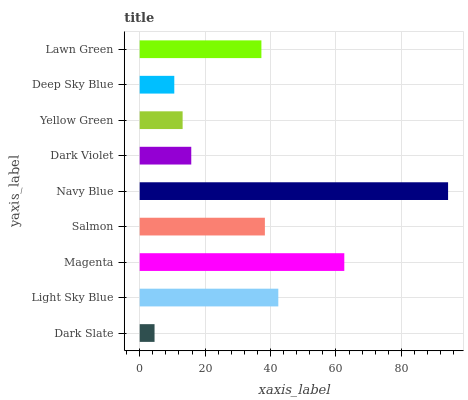
| yaxis_label | bars |
 | --- | --- |
 | Dark Slate | 4.54 |
 | Light Sky Blue | 42.4 |
 | Magenta | 62.5 |
 | Salmon | 38.3 |
 | Navy Blue | 94.3 |
 | Dark Violet | 15.8 |
 | Yellow Green | 13.1 |
 | Deep Sky Blue | 10.6 |
 | Lawn Green | 37.2 |